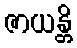
ဇာယန္တိ